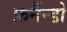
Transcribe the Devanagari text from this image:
फ़र्नैन्डो